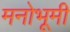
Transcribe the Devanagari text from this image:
मनोभूमी